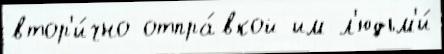
втор'и́чно отпра́вкой им л'юдьм'и́